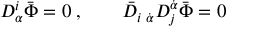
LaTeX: D _ { \alpha } ^ { i } \bar { \Phi } = 0 \; , \qquad \bar { D } _ { i \; \dot { \alpha } } D _ { j } ^ { \dot { \alpha } } \bar { \Phi } = 0